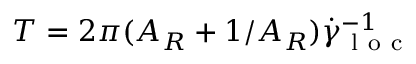
T = 2 \pi ( A _ { R } + 1 / A _ { R } ) \dot { \gamma } _ { \mathrm { ~ l ~ o ~ c ~ } } ^ { - 1 }